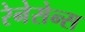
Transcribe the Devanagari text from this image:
रेनेसेन्स